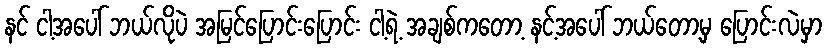
နင် ငါ့အပေါ် ဘယ်လိုပဲ အမြင်ပြောင်းပြောင်း ငါ့ရဲ့ အချစ်ကတော့ နင့်အပေါ် ဘယ်တော့မှ ပြောင်းလဲမှာ